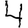
Digit: 4